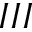
I I I